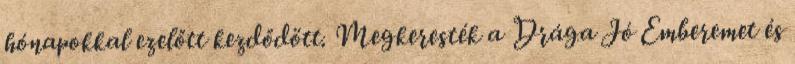
hónapokkal ezelőtt kezdődött. Megkeresték a Drága Jó Emberemet és